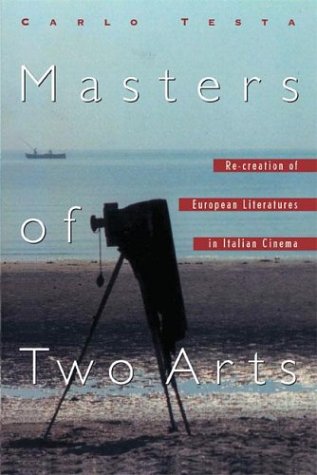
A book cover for Masters of Two Arts: Re-creation of European Literatures in Italian Cinema (Toronto Italian Studies); Carlo Testa; Humor & Entertainment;